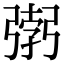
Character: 𭛂